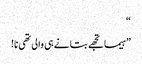
“
”ہیما تجھے بتانے ہی والی تھی نا!